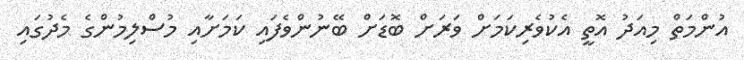
އުންމަތް މިއަދު އޮތީ އެކުވެރިކަމަށް ވަރަށް ބޮޑަށް ބޭނުންވެފައި ކަމަށާއި މުސްލިމުންގެ މެދުގައި